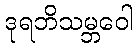
ဒုရဘိသမ္ဘဝေါ